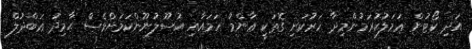
އަދި ކޯޓުން ޢަމަލުކުރަމުންމިދާ ހަރުކަށި ގޮތަކީ ޢާންމު ހަމައާއި އުސޫލުނޫންކަމަށްވެސް ޙާމިދު ޢަބްދުލް